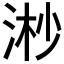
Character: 𣶲